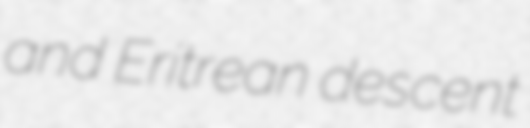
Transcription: and Eritrean descent